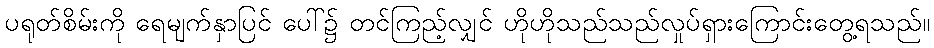
ပရုတ်စိမ်းကို ရေမျက်နှာပြင် ပေါ်၌ တင်ကြည့်လျှင် ဟိုဟိုသည်သည်လှုပ်ရှားကြောင်းတွေ့ရသည်။